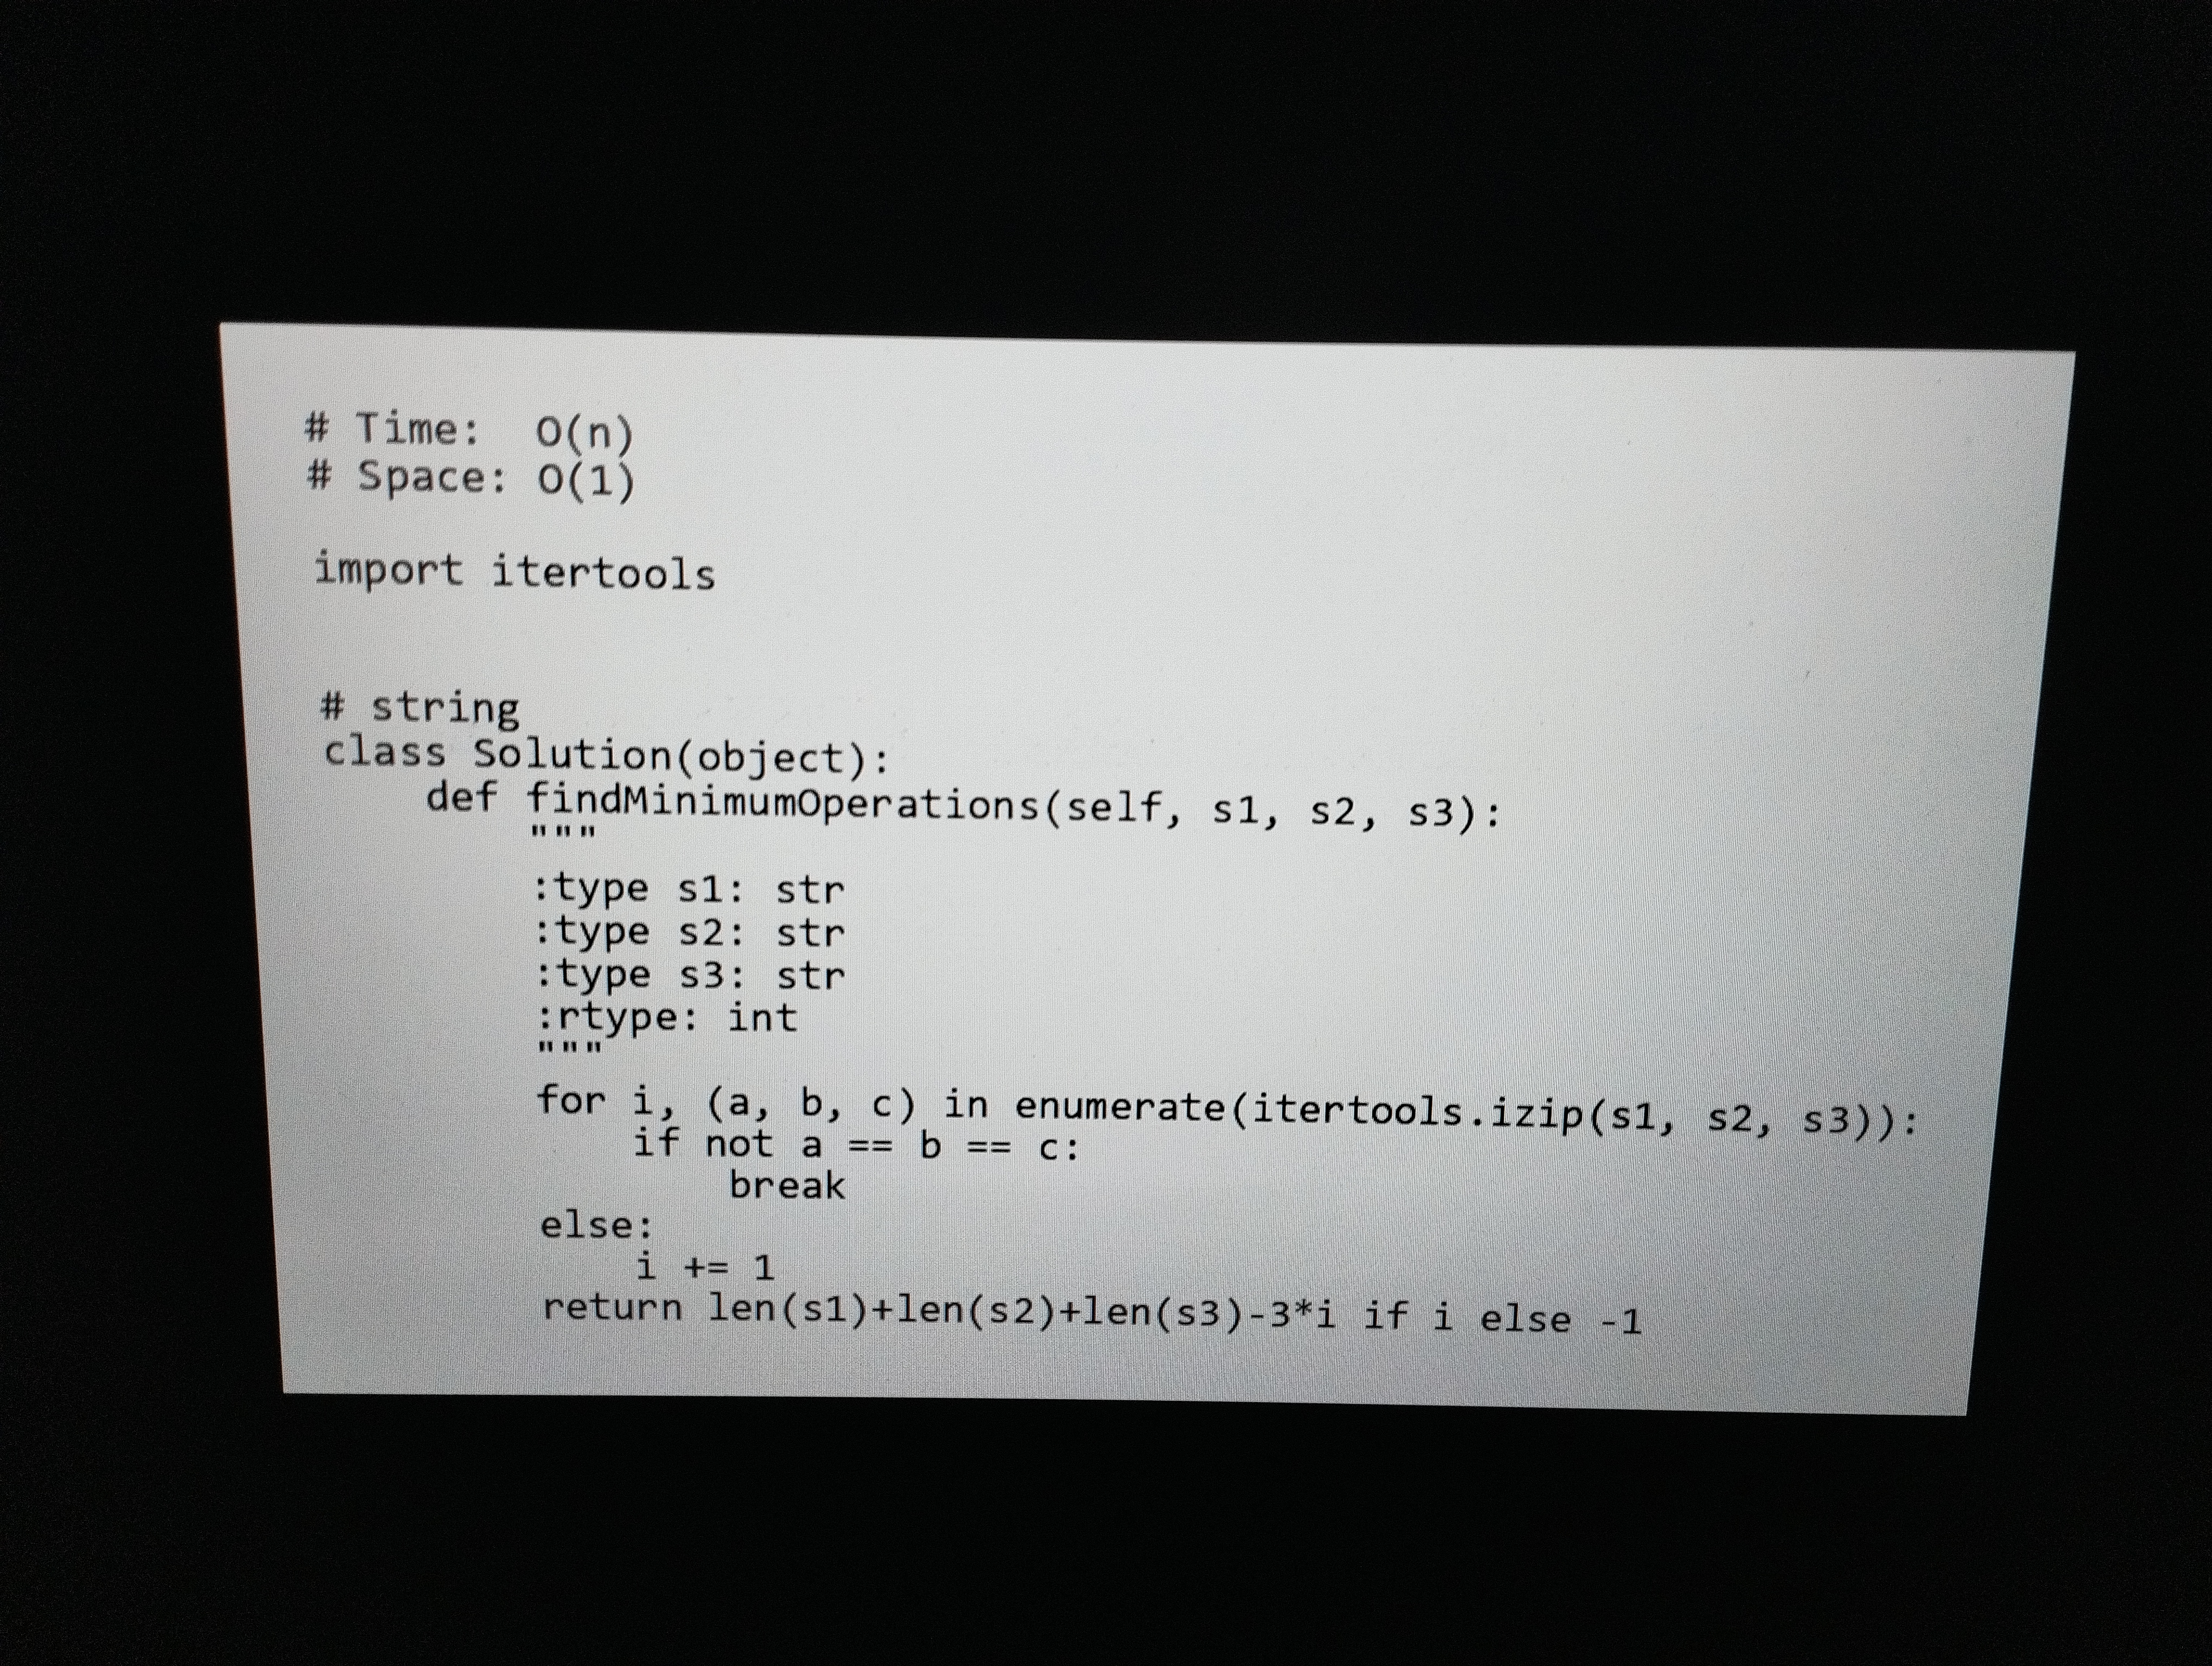
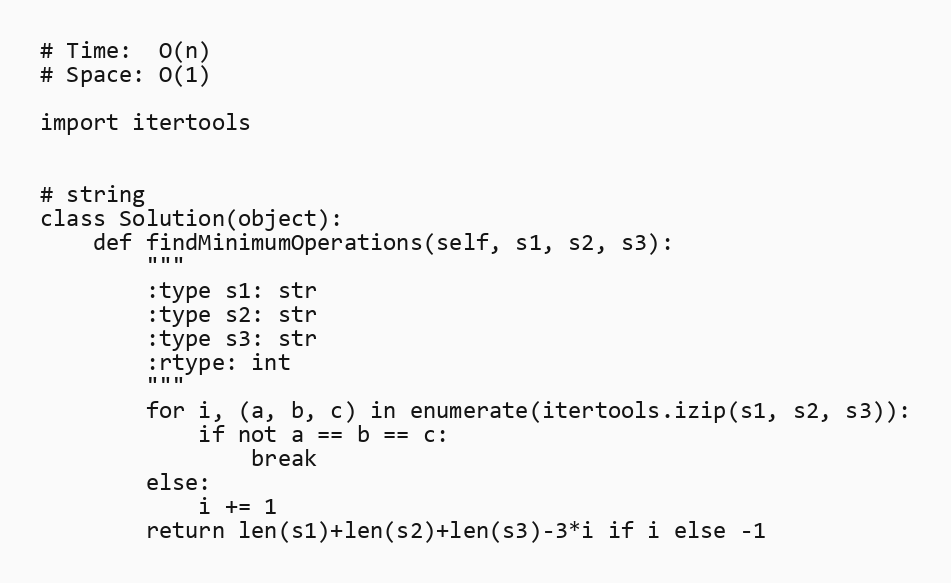
# Time:  O(n)
# Space: O(1)

import itertools

# string
class Solution(object):
    def findMinimumOperations(self, s1, s2, s3):
        """
        :type s1: str
        :type s2: str
        :type s3: str
        :rtype: int
        """
        for i, (a, b, c) in enumerate(itertools.izip(s1, s2, s3)):
            if not a == b == c:
                break
        else:
            i += 1
        return len(s1)+len(s2)+len(s3)-3*i if i else -1